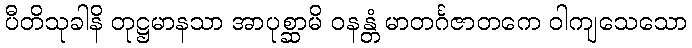
ပီတိသုခါနိ တုဋ္ဌမာနသာ အာပုစ္ဆာမိ ဝနန္တံ မာတင်္ဂဇာတကေ ဝါကျသေသော